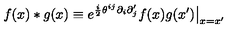
f ( x ) * g ( x ) \equiv e ^ { \frac { i } { 2 } \theta ^ { i j } \partial _ { i } \partial _ { j } ^ { \prime } } f ( x ) g ( x ^ { \prime } ) \big | _ { x = x ^ { \prime } }